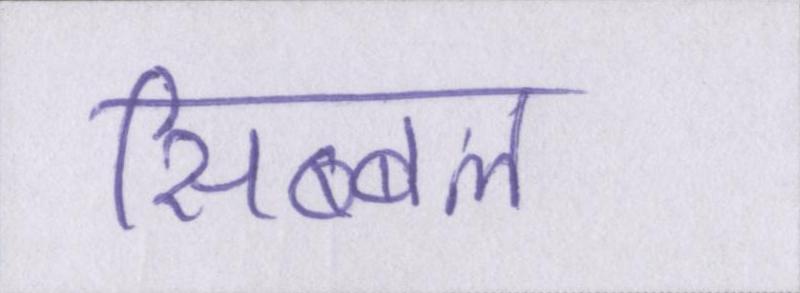
सिब्बल